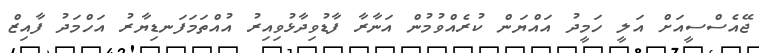
ޖޭއެސްސީއަށް އަލީ ހަމީދު އައްޔަން ކުރެއްވުމުން އަނާރާ ފާޑުވިދާޅުވިއިރު އުއްތަމަފަނޑިޔާރު އަހްމަދު ފާއިޒް